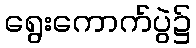
ရွေးကောက်ပွဲ၌